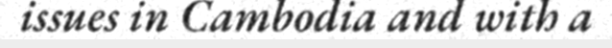
issues in Cambodia and with a